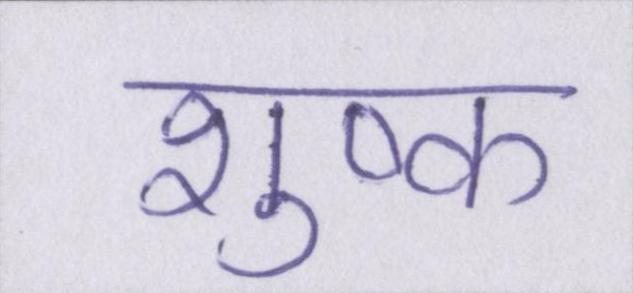
शुष्क